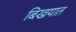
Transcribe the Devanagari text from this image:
बिखयात